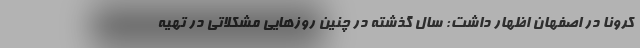
کرونا در اصفهان اظهار داشت: سال گذشته در چنین روزهایی مشکلاتی در تهیه